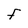
Character: F